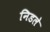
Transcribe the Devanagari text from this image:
निडले